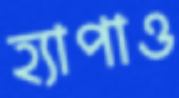
হ্যাপাও